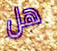
هل